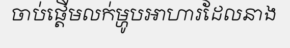
ចាប់ផ្តើមលក់ម្ហូបអាហារដែលនាង